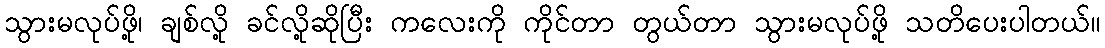
သွားမလုပ်ဖို့၊ ချစ်လို့ ခင်လို့ဆိုပြီး ကလေးကို ကိုင်တာ တွယ်တာ သွားမလုပ်ဖို့ သတိပေးပါတယ်။